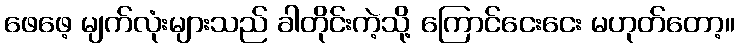
ဖေဖေ့ မျက်လုံးများသည် ခါတိုင်းကဲ့သို့ ကြောင်ငေးငေး မဟုတ်တော့။